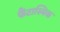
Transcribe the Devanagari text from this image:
फैंटास्मिक